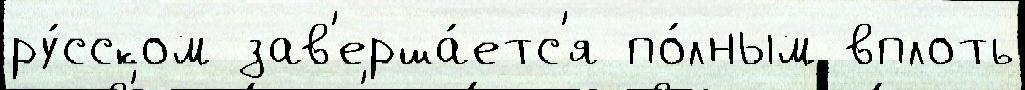
ру́сском зав'ерша́етс'я по́лным вплоть